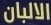
الالبان